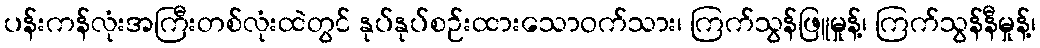
ပန်းကန်လုံးအကြီးတစ်လုံးထဲတွင် နုပ်နုပ်စဉ်းထားသောဝက်သား၊ ကြက်သွန်ဖြူမှုန့်၊ ကြက်သွန်နီမှုန့်၊